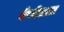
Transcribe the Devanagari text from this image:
वेणीताल